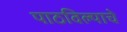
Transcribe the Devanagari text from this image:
पाठविल्याचे